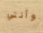
وأنتي